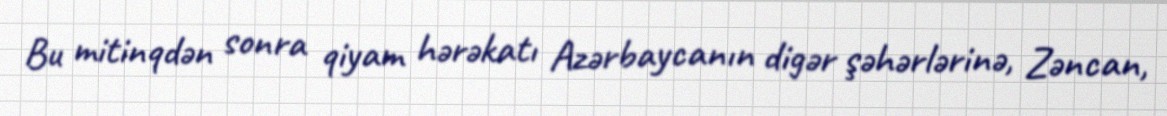
Bu mitinqdən sonra qiyam hərəkatı Azərbaycanın digər şəhərlərinə, Zəncan,